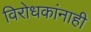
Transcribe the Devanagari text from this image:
विरोधकांनाही